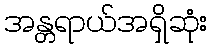
အန္တရာယ်အရှိဆုံး